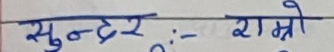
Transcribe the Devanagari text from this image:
सुन्दर :- राम्रो